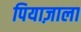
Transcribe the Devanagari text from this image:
पियाज़ाला